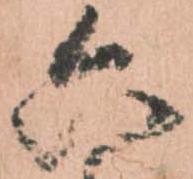
六